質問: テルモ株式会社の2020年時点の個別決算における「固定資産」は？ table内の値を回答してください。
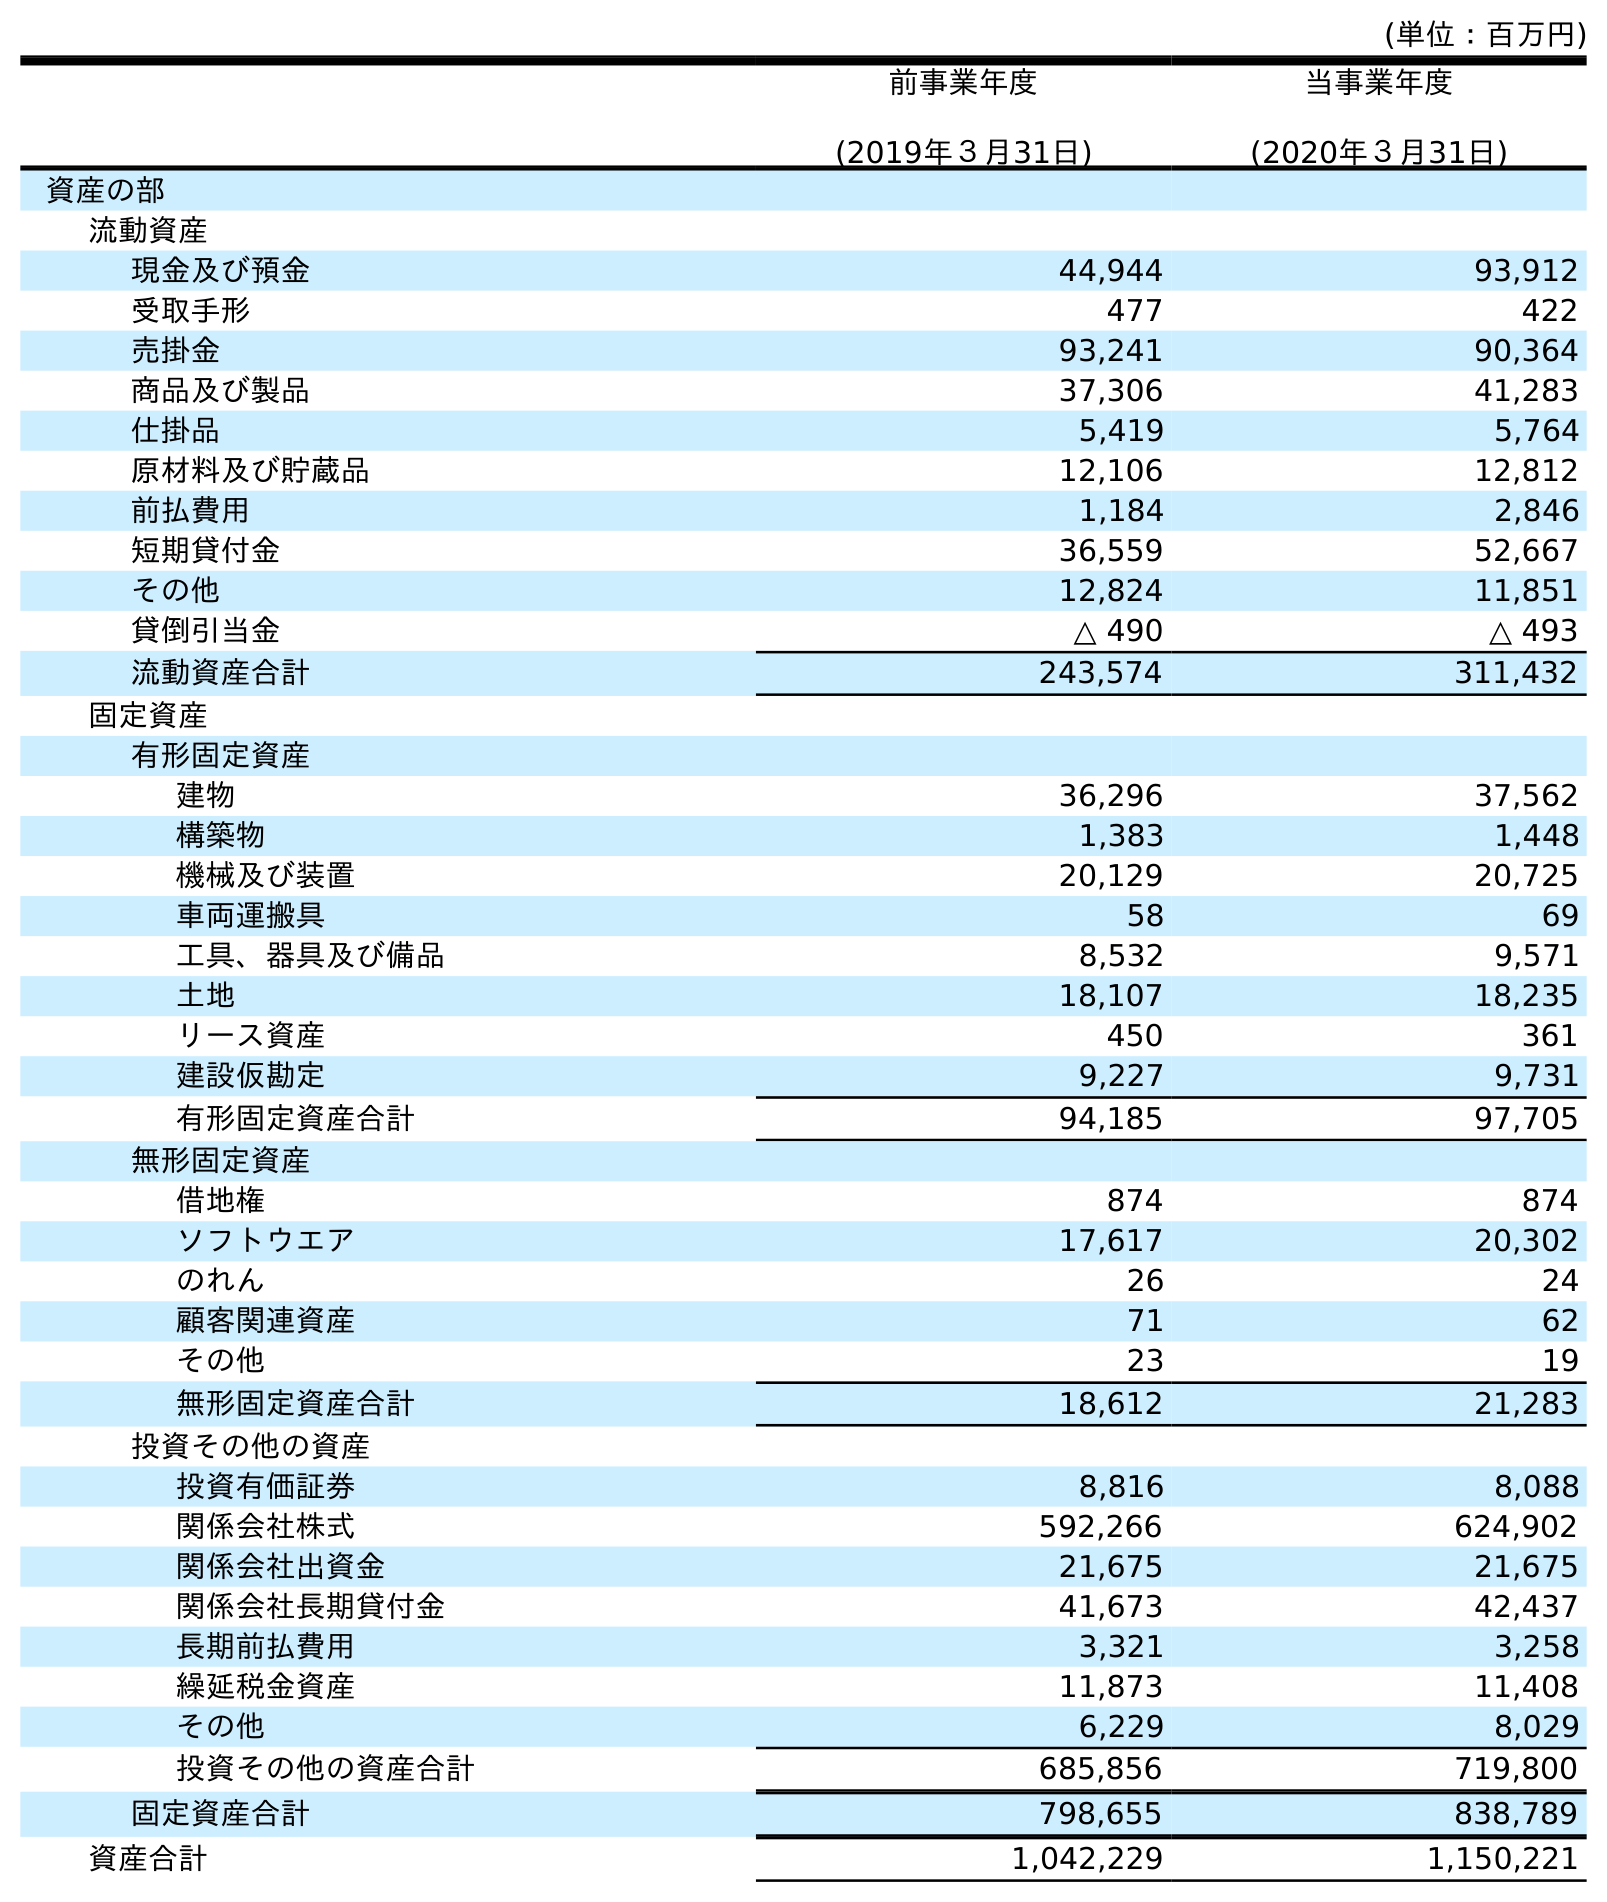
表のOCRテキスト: (単位：百万円) 前事業年度 (2019年３月31日) 当事業年度 (2020年３月31日) 資産の部 流動資産 現金及び預金 44,944 93,912 受取手形 477 422 売掛金 93,241 90,364 商品及び製品 37,306 41,283 仕掛品 5,419 5,764 原材料及び貯蔵品 12,106 12,812 前払費用 1,184 2,846 短期貸付金 36,559 52,667 その他 12,824 11,851 貸倒引当金 △ 490 △ 493 流動資産合計 243,574 311,432 固定資産 有形固定資産 建物 36,296 37,562 構築物 1,383 1,448 機械及び装置 20,129 20,725 車両運搬具 58 69 工具、器具及び備品 8,532 9,571 土地 18,107 18,235 リース資産 450 361 建設仮勘定 9,227 9,731 有形固定資産合計 94,185 97,705 無形固定資産 借地権 874 874 ソフトウエア 17,617 20,302 のれん 26 24 顧客関連資産 71 62 その他 23 19 無形固定資産合計 18,612 21,283 投資その他の資産 投資有価証券 8,816 8,088 関係会社株式 592,266 624,902 関係会社出資金 21,675 21,675 関係会社長期貸付金 41,673 42,437 長期前払費用 3,321 3,258 繰延税金資産 11,873 11,408 その他 6,229 8,029 投資その他の資産合計 685,856 719,800 固定資産合計 798,655 838,789 資産合計 1,042,229 1,150,221
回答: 838,789